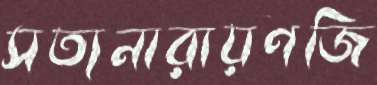
সত্যনারায়ণজি